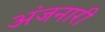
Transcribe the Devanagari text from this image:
अंजनारी